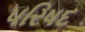
પરિષદ